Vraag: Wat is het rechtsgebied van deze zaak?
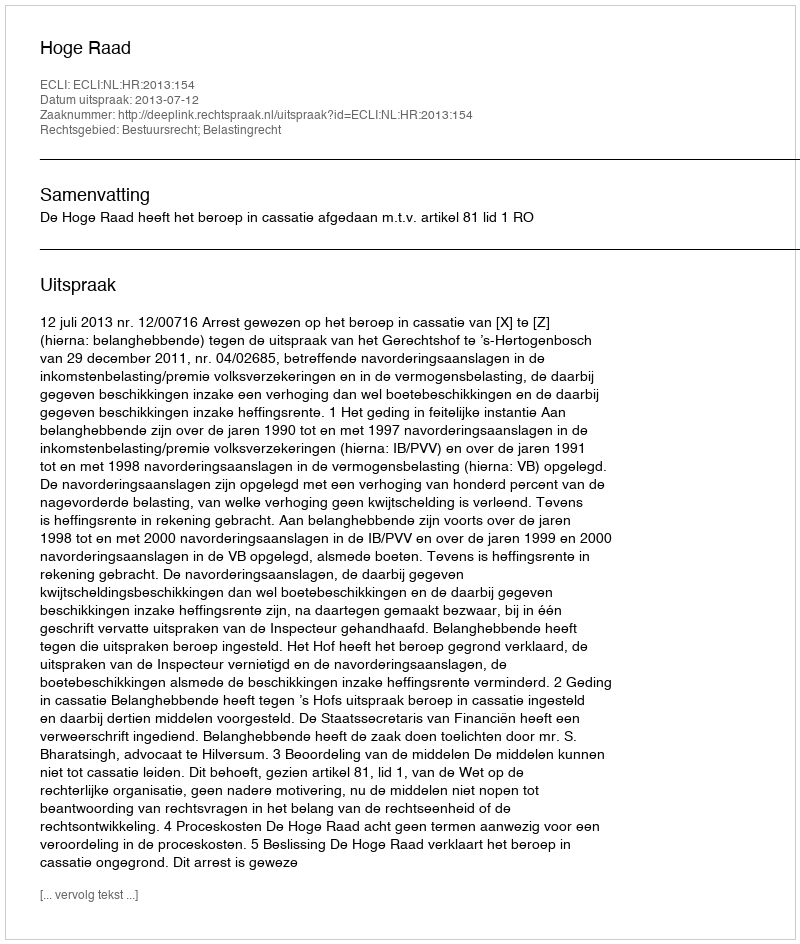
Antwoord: Bestuursrecht; Belastingrecht